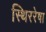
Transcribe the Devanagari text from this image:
स्थिररेषा